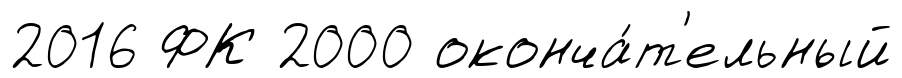
2016 ФК 2000 оконча́т'ельный